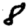
Digit: 8